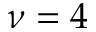
\nu = 4